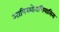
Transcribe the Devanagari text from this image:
आपिस्थोराचियासिस